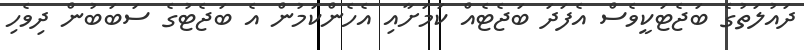
ދައުލަތުގެ ބަޖެޓަކީވެސް އެފަދަ ބަޖެޓެއް ކަމަށާއި އެހެންކަމުން އެ ބަޖެޓުގެ ސަބަބުން ދިވެހި